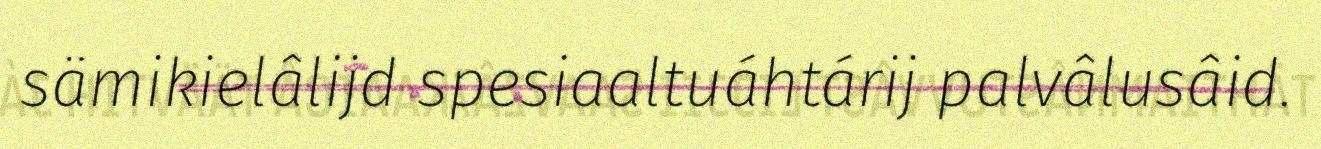
sämikielâlijd spesiaaltuáhtárij palvâlusâid.